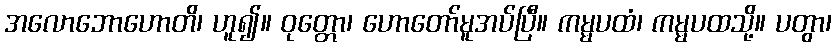
အလောဘောဟောတိ၊ ဟူ၍။ ဝုတ္တော၊ ဟောတော်မူအပ်ပြီ။ ကမ္မပထံ၊ ကမ္မပထသို့။ ပတွာ၊